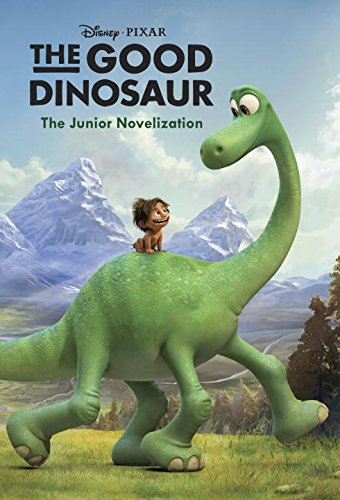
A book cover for The Good Dinosaur Junior Novelization (Disney/Pixar The Good Dinosaur); RH Disney; Children's Books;